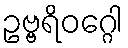
ဥဗ္ဗရိဝဂ္ဂေါ